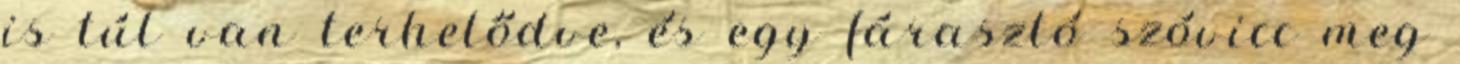
is túl van terhelődve, és egy fárasztó szóvicc meg